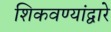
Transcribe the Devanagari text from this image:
शिकवण्यांद्वारे